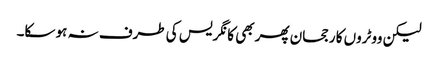
لیکن ووٹروں کا رجحان پھر بھی کانگریس کی طرف نہ ہو سکا۔